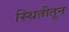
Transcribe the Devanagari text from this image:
स्थितीतून